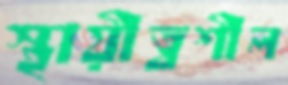
স্থায়ীত্বশীল